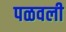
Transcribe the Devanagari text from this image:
पळवली